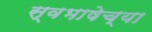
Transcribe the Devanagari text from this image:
स्वभाषेच्या